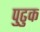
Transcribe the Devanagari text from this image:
पुढुक